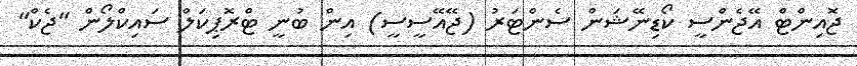
ޖޮއިންޓް އޭޖެންސީ ކޯޑިނޭޝަން ސެންޓަރު (ޖޭއޭސީސީ) އިން ބުނީ ޓްރޮޕިކަލް ސައިކްލޯން "ޖެކް"